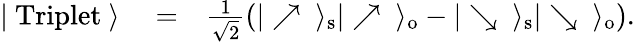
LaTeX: \begin{array}{rlr}{|\ \mathrm{Triplet}\ \rangle}&{{}=}&{\frac{1}{\sqrt{2}}\left(|\nearrow\ \rangle_{\mathrm{s}}|\nearrow\ \rangle_{\mathrm{o}}-|\searrow\ \rangle_{\mathrm{s}}|\searrow\ \rangle_{\mathrm{o}}\right).}\end{array}